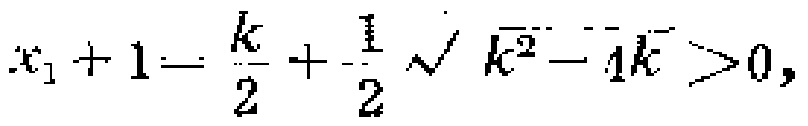
\(x_{1}+1=\frac{k}{2}+\frac{1}{2}\sqrt{k^{2}-4k}>0,\)